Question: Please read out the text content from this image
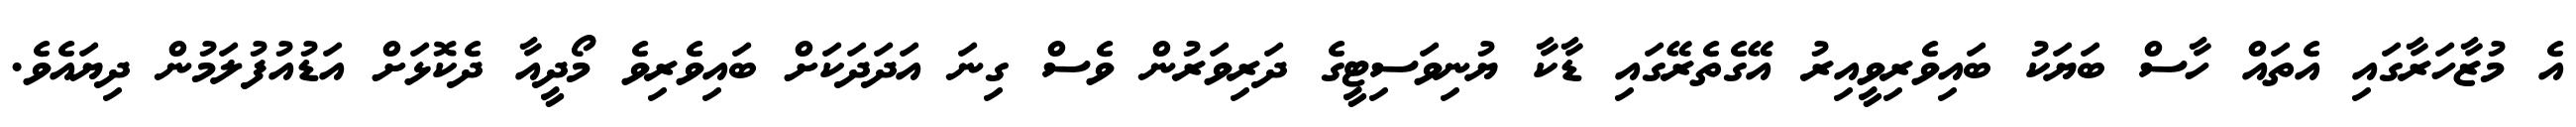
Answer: އެ މުޒާހަރާގައި އެތައް ހާސް ބަޔަކު ބައިވެރިވީއިރު އޭގެތެރޭގައި ޑާކާ ޔުނިވަސިޓީގެ ދަރިވަރުން ވެސް ގިނަ އަދަދަކަށް ބައިވެރިވެ މޯދީއާ ދެކޮޅަށް އަޑުއުފުލަމުން ދިޔައެވެ.